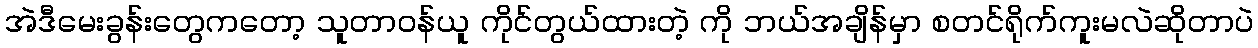
အဲဒီမေးခွန်းတွေကတော့ သူတာဝန်ယူ ကိုင်တွယ်ထားတဲ့ ကို ဘယ်အချိန်မှာ စတင်ရိုက်ကူးမလဲဆိုတာပဲ